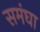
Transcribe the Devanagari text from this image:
समंघा